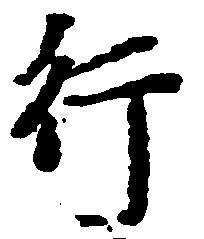
行